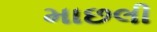
માછલી